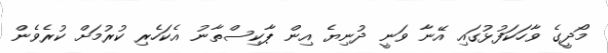
މޯދީގެ ވާހަކަފުޅުގައި އޭނާ ވަނީ ދުނިޔެ އިން ޕާކިސްތާނު އެކަހެރި ކުރުމަށް ކުރެވެން